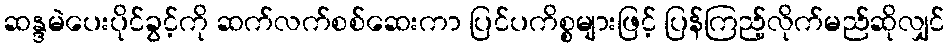
ဆန္ဒမဲပေးပိုင်ခွင့်ကို ဆက်လက်စစ်ဆေးကာ ပြင်ပကိစ္စများဖြင့် ပြန်ကြည့်လိုက်မည်ဆိုလျှင်